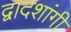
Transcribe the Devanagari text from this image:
द्वादशांगी